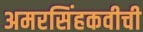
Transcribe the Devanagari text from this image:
अमरसिंहकवीची